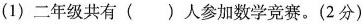
(1)二年级共有()人参加数学竞赛。(2分)